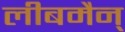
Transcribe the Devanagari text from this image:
लीबमैन्